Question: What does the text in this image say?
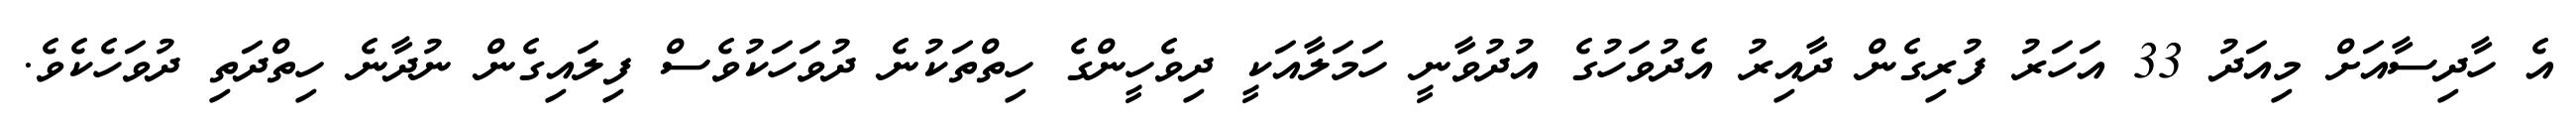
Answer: އެ ހާދިސާއަށް މިއަދު 33 އަހަރު ފުރިގެން ދާއިރު އެދުވަހުގެ އުދުވާނީ ހަމަލާއަކީ ދިވެހީންގެ ހިތްތަކުނެ ދުވަހަކުވެސް ފިލައިގެން ނުދާނެ ހިތްދަތި ދުވަހެކެވެ.